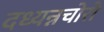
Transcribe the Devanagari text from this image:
दध्यन्नचोरो